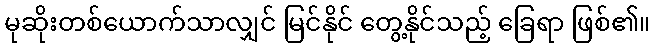
မုဆိုးတစ်ယောက်သာလျှင် မြင်နိုင် တွေ့နိုင်သည့် ခြေရာ ဖြစ်၏။